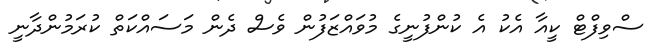
ސްވިފްޓް ކީއާ އެކު އެ ކުންފުނީގެ މުވައްޒަފުން ވެސް ދެން މަސައްކަތް ކުރަމުންދާނީ